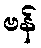
ဗန်